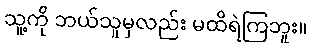
သူ့ကို ဘယ်သူမှလည်း မထိရဲကြဘူး။